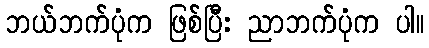
ဘယ်ဘက်ပုံက ဖြစ်ပြီး ညာဘက်ပုံက ပါ။